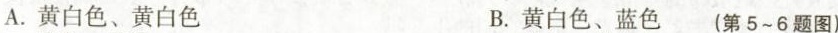
A.黄白色、黄白色 B.黄白色、蓝色 (第5~6题图)